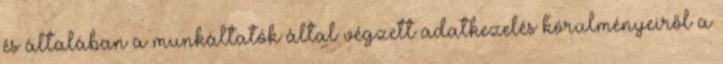
és általában a munkáltatók által végzett adatkezelés körülményeiről a